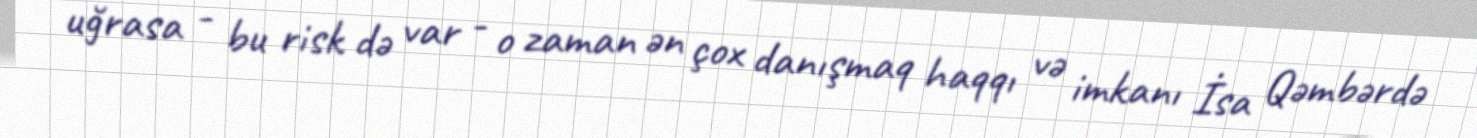
uğrasa - bu risk də var - o zaman ən çox danışmaq haqqı və imkanı İsa Qəmbərdə